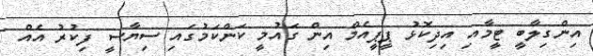
އިންގިލާބީ ޓީމާއި އިދިކޮޅު ޕީޕީއެމް އިން ގައުމީ ކަންކަމުގައި ސިޔާސީ ފިކުރު އެއް